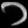
Digit: ၁